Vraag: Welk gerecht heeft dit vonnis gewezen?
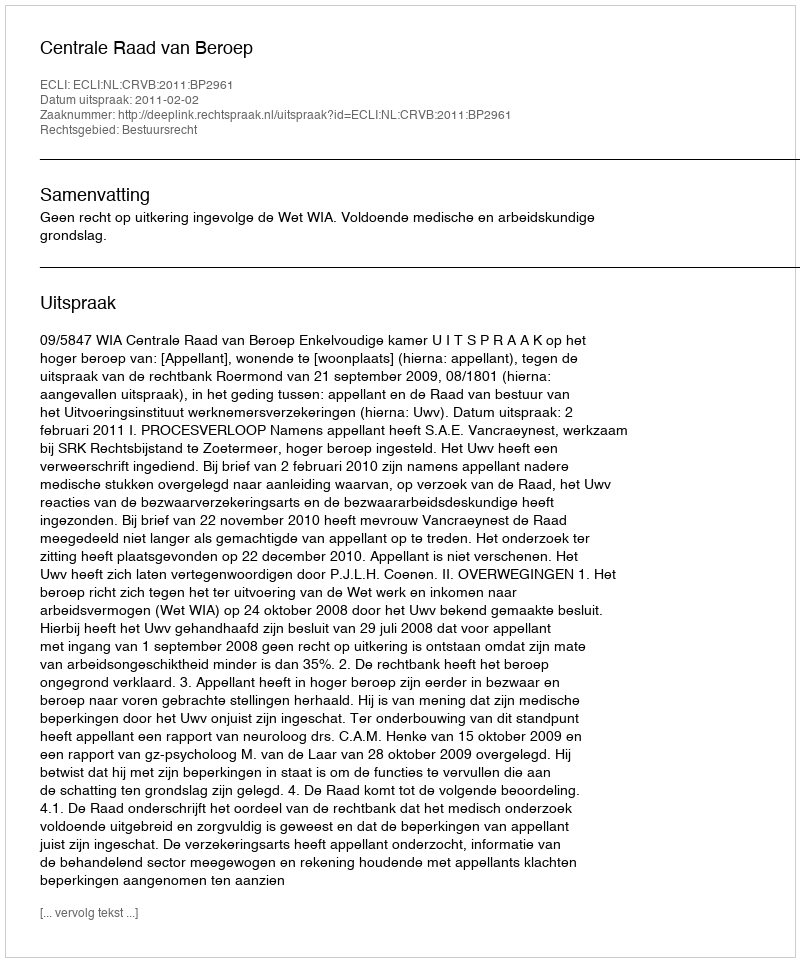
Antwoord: Centrale Raad van Beroep